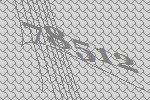
78512